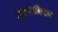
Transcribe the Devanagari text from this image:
मेहरुनिशा